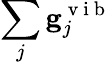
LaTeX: \sum_{j}\mathbf{g}_{j}^{\mathrm{~v~i~b~}}